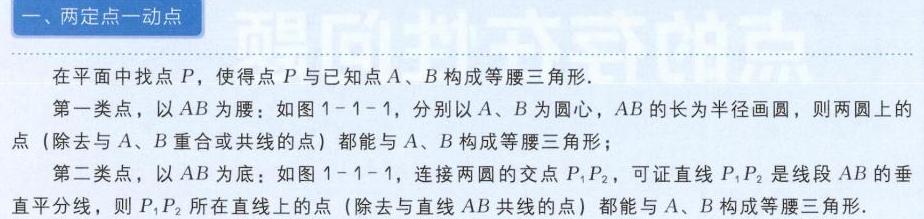
一、两定点一动点

在平面中找点 \(P\)，使得点 \(P\) 与已知点 \(A\)、\(B\) 构成等腰三角形.

第一类点，以 \(AB\) 为腰：如图 \(1 - 1 - 1\)，分别以 \(A\)、\(B\) 为圆心，\(AB\) 的长为半径画圆，则两圆上的点（除去与 \(A\)、\(B\) 重合或共线的点）都能与 \(A\)、\(B\) 构成等腰三角形；

第二类点，以 \(AB\) 为底：如图 \(1 - 1 - 1\)，连接两圆的交点 \(P_1,P_2\)，可证直线 \(P_1P_2\) 是线段 \(AB\) 的垂直平分线，则 \(P_1,P_2\) 所在直线上的点（除去与直线 \(AB\) 共线的点）都能与 \(A\)、\(B\) 构成等腰三角形.